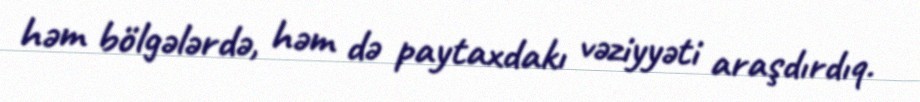
həm bölgələrdə, həm də paytaxdakı vəziyyəti araşdırdıq.